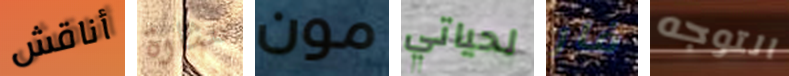
أناقش مثارة مون لحياتي فار التوجه